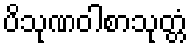
ပိသုဏဝါစာသုတ္တံ